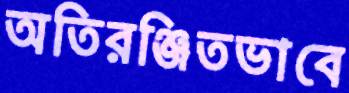
অতিরঞ্জিতভাবে